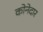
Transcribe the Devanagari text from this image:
कोनेदार